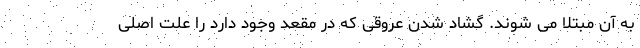
به آن مبتلا می شوند. گشاد شدن عروقی که در مقعد وجود دارد را علت اصلی